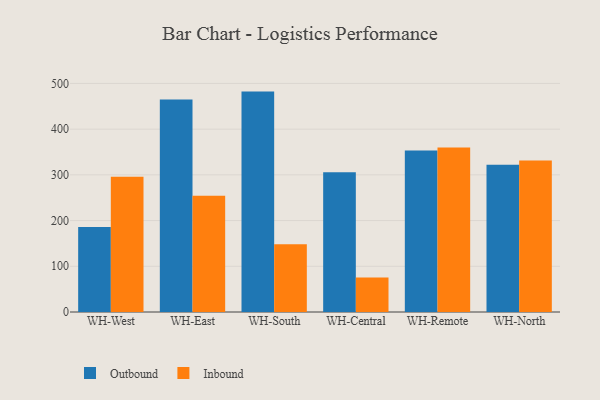
{"axis": {"x": "Warehouse", "y": "Customer Acquisition Cost (USD)"}, "legend": ["Inbound", "Outbound"], "data": [{"x": "WH-West", "y": 186.2, "type": "Outbound"}, {"x": "WH-West", "y": 295.9, "type": "Inbound"}, {"x": "WH-East", "y": 464.9, "type": "Outbound"}, {"x": "WH-East", "y": 254.1, "type": "Inbound"}, {"x": "WH-South", "y": 482.1, "type": "Outbound"}, {"x": "WH-South", "y": 148.2, "type": "Inbound"}, {"x": "WH-Central", "y": 305.5, "type": "Outbound"}, {"x": "WH-Central", "y": 75.3, "type": "Inbound"}, {"x": "WH-Remote", "y": 353.2, "type": "Outbound"}, {"x": "WH-Remote", "y": 360.0, "type": "Inbound"}, {"x": "WH-North", "y": 322.3, "type": "Outbound"}, {"x": "WH-North", "y": 331.3, "type": "Inbound"}]}